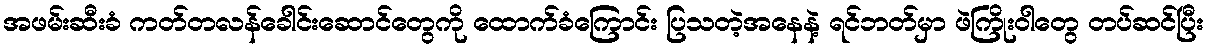
အဖမ်းဆီးခံ ကတ်တလန်ခေါင်းဆောင်တွေကို ထောက်ခံကြောင်း ပြသတဲ့အနေနဲ့ ရင်ဘတ်မှာ ဖဲကြိုးဝါတွေ တပ်ဆင်ပြီး